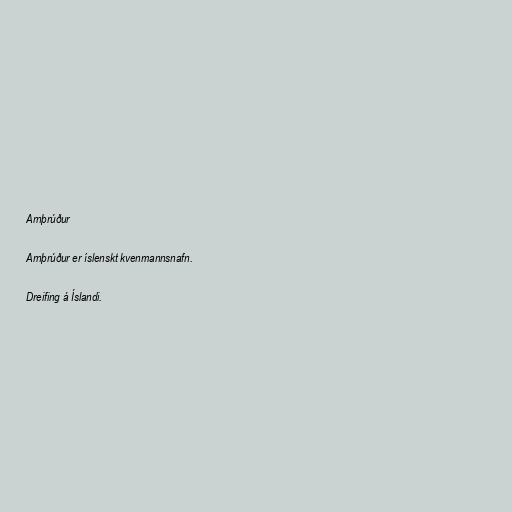
Arnþrúður

Arnþrúður er íslenskt kvenmannsnafn.

Dreifing á Íslandi.